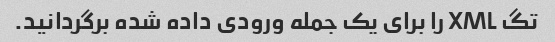
تگ XML را برای یک جمله ورودی داده شده برگردانید.